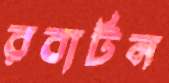
রবার্টন